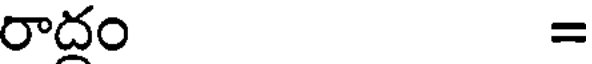
రాదం =